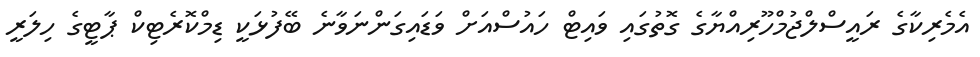
އެމެރިކާގެ ރައީސްލްޖުމްހޫރިއްޔާގެ ގޮތުގައި ވައިޓް ހައުސްއަށް ވަޑައިގަންނަވާނެ ބޭފުޅަކީ ޑިމްކޮރެޓިކް ޕާޓީގެ ހިލަރީ